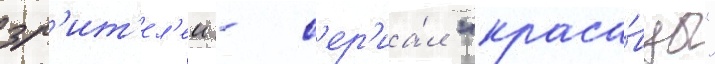
зр'ит'ел'еи - с'ер'иа́л "краса́вцы"